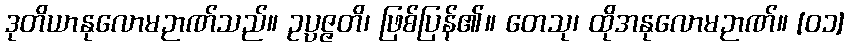
ဒုတိယာနုလောမဉာဏ်သည်။ ဥပ္ပဇ္ဇတိ၊ ဖြစ်ပြန်၏။ တေသု၊ ထိုအနုလောမဉာဏ်။ [၀၁]